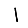
Digit: 1